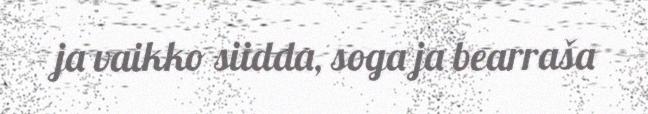
ja vaikko siidda, soga ja bearraša